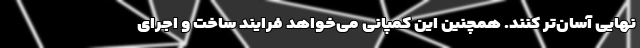
نهایی آسان‌تر کنند. همچنین این کمپانی می‌خواهد فرایند ساخت و اجرای